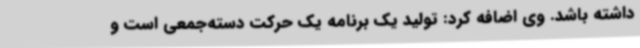
داشته باشد. وی اضافه کرد: تولید یک برنامه یک حرکت دسته‌جمعی است و